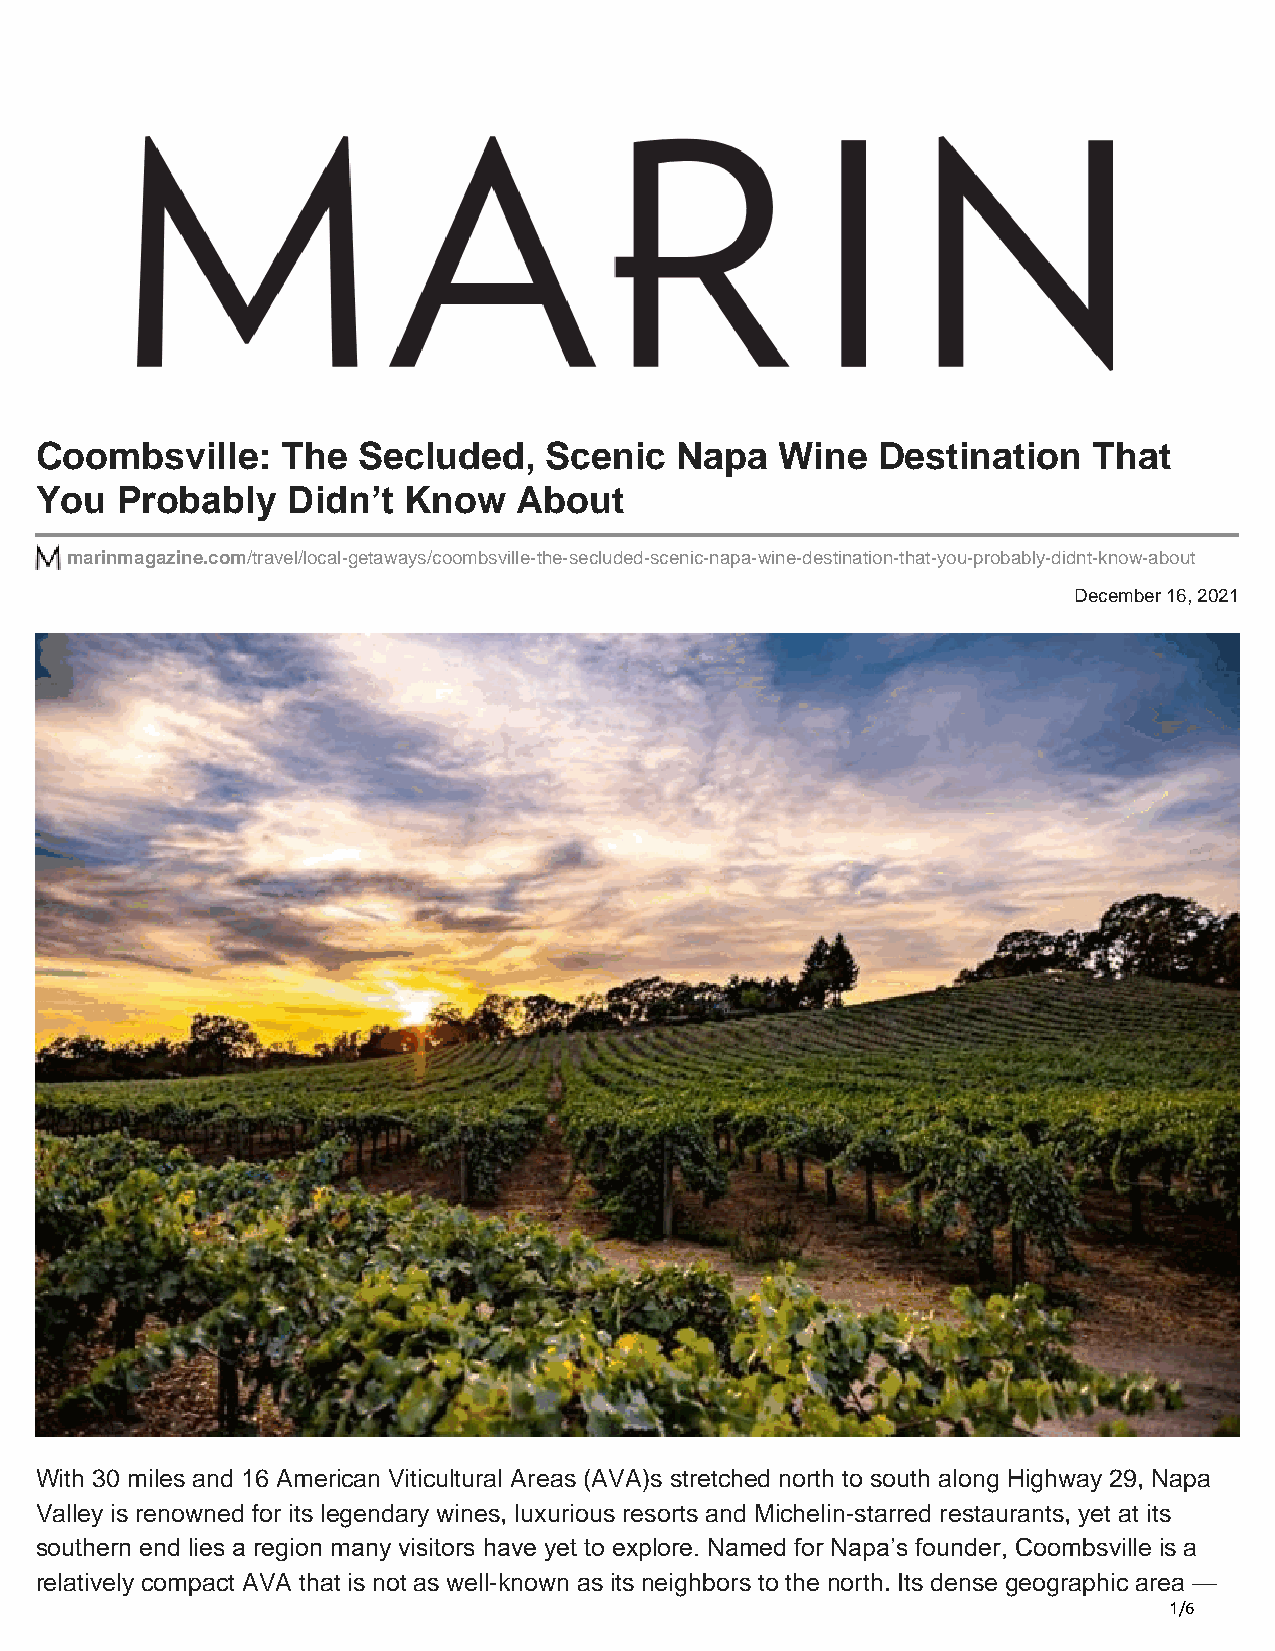
Coombsville:     The  Secluded,   Scenic   Napa   Wine  Destination   That
 You   Probably   Didn’t  Know   About
 marinmagazine.com/travel/local-getaways/coombsville-the-secluded-scenic-napa-wine-destination-that-you-probably-didnt-know-about
 December 16, 2021
 With 30 miles and 16 American Viticultural Areas (AVA)s stretched north to south along Highway 29, Napa
 Valley is renowned for its legendary wines, luxurious resorts and Michelin-starred restaurants, yet at its
 southern end lies a region many visitors have yet to explore. Named for Napa’s founder, Coombsville is a
 relatively compact AVA that is not as well-known as its neighbors to the north. Its dense geographic area —
 1/6